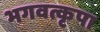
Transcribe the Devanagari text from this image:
भगवत्कृपा